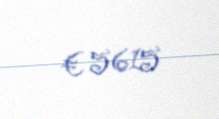
€ 5615